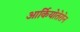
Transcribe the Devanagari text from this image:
आर्कियोतेरोन